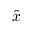
- \hat { x }